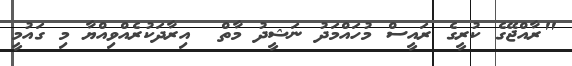
"ރާއްޖޭގެ ކުރީގެ ރައީސް މުހައްމަދު ނަޝީދު މާތް  އިރާދަކުރެއްވިއްޔާ މި ގައުމީ